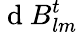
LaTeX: \mathrm{~d~}B_{lm}^{t}